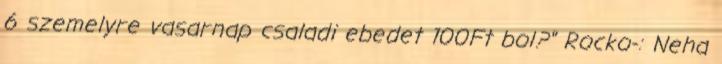
6 szemelyre vasarnap csaladi ebedet 100Ft bol?" Rocko-: Neha